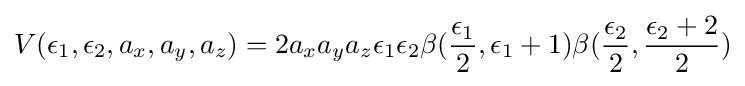
V(\epsilon _{1},\epsilon _{2},a_{x},a_{y},a_{z})=2a_{x}a_{y}a_{z}\epsilon _{1}\epsilon _{2}\beta ({\frac {\epsilon _{1}}{2}},\epsilon _{1}+1)\beta ({\frac {\epsilon _{2}}{2}},{\frac {\epsilon _{2}+2}{2}})